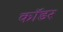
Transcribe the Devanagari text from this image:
कॉडर